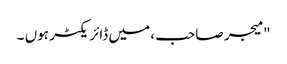
" میجر صاحب ، میں ڈائریکٹر ہوں ۔